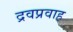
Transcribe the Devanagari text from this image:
द्रवप्रवाह